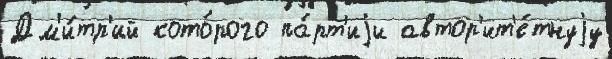
Дм'и́тр'ий кото́рого па́рт'иjи автор'ит'е́тнуjу